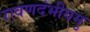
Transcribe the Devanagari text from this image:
रावणदंभीयमु